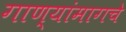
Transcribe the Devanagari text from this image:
गाण्यांमागचे